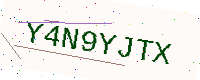
Text: Y4N9YJTX